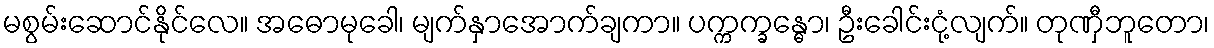
မစွမ်းဆောင်နိုင်လေ။ အဓောမုခေါ၊ မျက်နှာအောက်ချကာ။ ပက္ကက္ခန္ဓော၊ ဦးခေါင်းငုံ့လျက်။ တုဏှီဘူတော၊